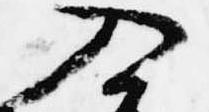
入